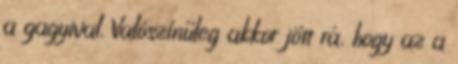
a gagyival. Valószínűleg akkor jött rá, hogy az a